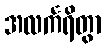
အလင်္ကရိတွာ